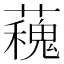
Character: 𧁩